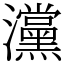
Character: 灙